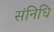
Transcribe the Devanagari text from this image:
संनिधि